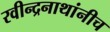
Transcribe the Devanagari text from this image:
रवीन्द्रनाथांनीच